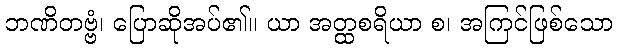
ဘဏိတဗ္ဗံ၊ ပြောဆိုအပ်၏။ ယာ အတ္ထစရိယာ စ၊ အကြင်ဖြစ်သော